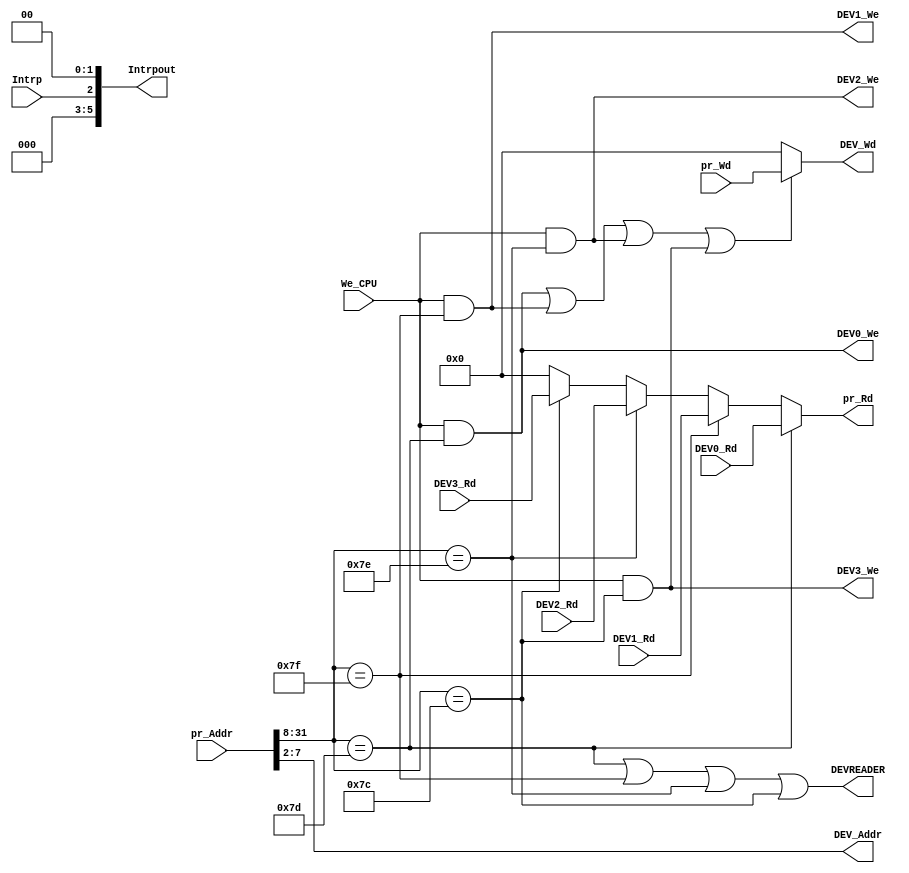
module bridge(pr_Addr,pr_Wd,pr_Rd,We_CPU,Intrp,Intrpout,DEV_Addr,DEV_Wd,DEV0_Rd,DEV1_Rd,DEV2_Rd,DEV3_Rd,DEV0_We,DEV1_We,DEV2_We,DEV3_We,DEVREADER);
  input [31:0] pr_Addr;
  input [31:0] pr_Wd;
  input [31:0] DEV0_Rd,DEV1_Rd,DEV2_Rd,DEV3_Rd;
  input We_CPU;
  input Intrp;
  
  output DEV0_We,DEV1_We,DEV2_We,DEV3_We,DEVREADER;
  output [31:0] pr_Rd;
  output [7:2] DEV_Addr;
  output [31:0] DEV_Wd;
  output [5:0] Intrpout;

  //Decoder
  assign HitDEV0 = (pr_Addr[31:8] == 'h0000_7D);
  assign HitDEV1 = (pr_Addr[31:8] == 'h0000_7F);
  assign HitDEV2 = (pr_Addr[31:8] == 'h0000_7E);
  assign HitDEV3 = (pr_Addr[31:8] == 'h0000_7C); 
  assign DEVREADER = (HitDEV0|HitDEV1|HitDEV2|HitDEV3);
  assign DEV_Addr = pr_Addr[7:2];
  
  //MUX
  assign DEV0_We = We_CPU&HitDEV0;
  assign DEV1_We = We_CPU&HitDEV1;
  assign DEV2_We = We_CPU&HitDEV2;
  assign DEV3_We = We_CPU&HitDEV3;
  
  assign pr_Rd = (HitDEV0) ? DEV0_Rd :          
                 (HitDEV1) ? DEV1_Rd :
                 (HitDEV2) ? DEV2_Rd :
                 (HitDEV3) ? DEV3_Rd :
                 32'b0;
  //Write
  assign DEV_Wd = (DEV0_We | DEV1_We | DEV2_We | DEV3_We) ? pr_Wd : 32'b0;
  
  //Other 
  assign 	Intrpout = {3'b0,Intrp,2'b0};
endmodule